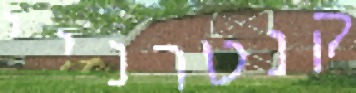
קנטרניי